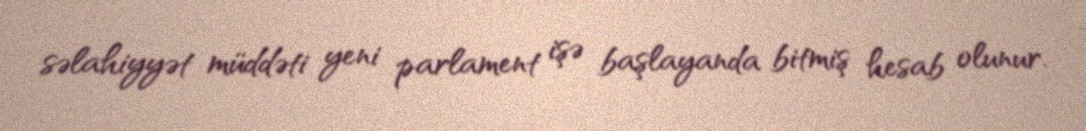
səlahiyyət müddəti yeni parlament işə başlayanda bitmiş hesab olunur.